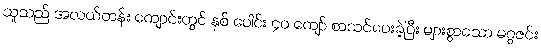
သူသည် အလယ်တန်း ကျောင်းတွင် နှစ် ပေါင်း ၄၀ ကျော် စာသင်ပေးခဲ့ပြီး များစွာသော မဂ္ဂဇင်း